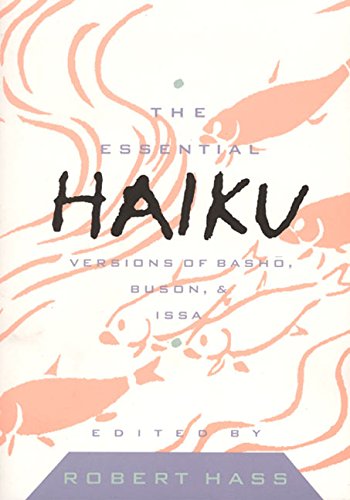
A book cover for The Essential Haiku: Versions of Basho, Buson, & Issa (Essential Poets); Literature & Fiction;